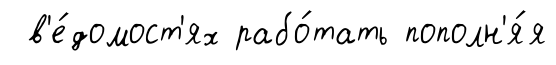
в'е́домост'ях рабо́тать пополн'я́я